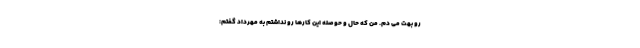
رو بهت می دم. من که حال و حوصله این کارها رو نداشتم به مهرداد گفتم: